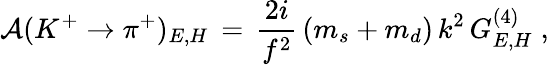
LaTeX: {\cal A}(K^{+}\rightarrow\pi^{+})_{E,H}\, =\, \frac{2i}{f^{2}}\, (m_{s}+m_{d})\, k^{2}\, G_{E,H}^{(4)}\; ,